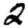
Digit: 2